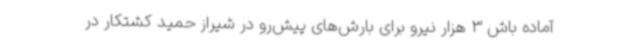
آماده باش 3 هزار نیرو برای بارش‌های پیش‌رو در شیراز حمید کشتکار در